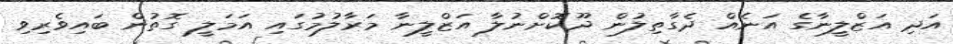
އަދި އަޒްލީނާގެ އަނެއް ދެގާތިލުން ދޫކޮށްނުލާ އަޒްލީނާ މަރާލުމުގައި އަމަލީ ގޮތުން ބައިވެރިވި